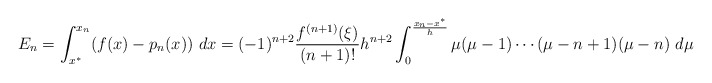
\begin{align*}\begin{aligned}E_n&=\int_{x^*}^{x_n}(f(x)-p_n(x))\ dx=(-1)^{n+2}\frac{f^{(n+1)}(\xi)}{(n+1)!}h^{n+2}\int_0^{\frac{x_n-x^*}{h}}\mu(\mu-1)\cdots(\mu-n+1)(\mu-n)\ d\mu\end{aligned}\end{align*}